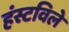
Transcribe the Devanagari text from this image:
हंस्टविले